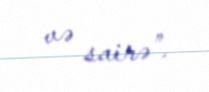
və sairə”.